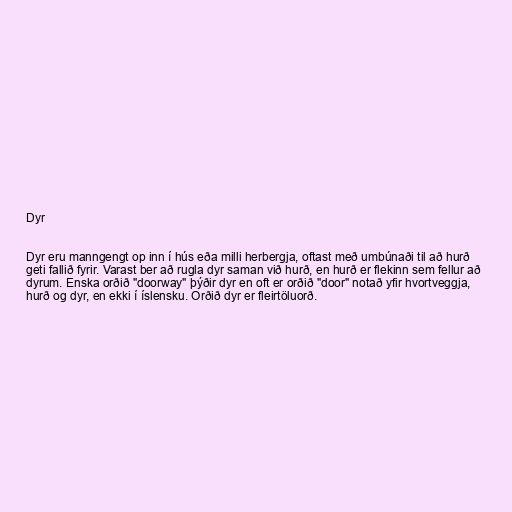
Dyr

Dyr eru manngengt op inn í hús eða milli herbergja, oftast með umbúnaði til að hurð
geti fallið fyrir. Varast ber að rugla dyr saman við hurð, en hurð er flekinn sem fellur að
dyrum. Enska orðið "doorway" þýðir dyr en oft er orðið "door" notað yfir hvortveggja,
hurð og dyr, en ekki í íslensku. Orðið dyr er fleirtöluorð.